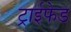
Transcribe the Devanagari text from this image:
ट्राईफेड